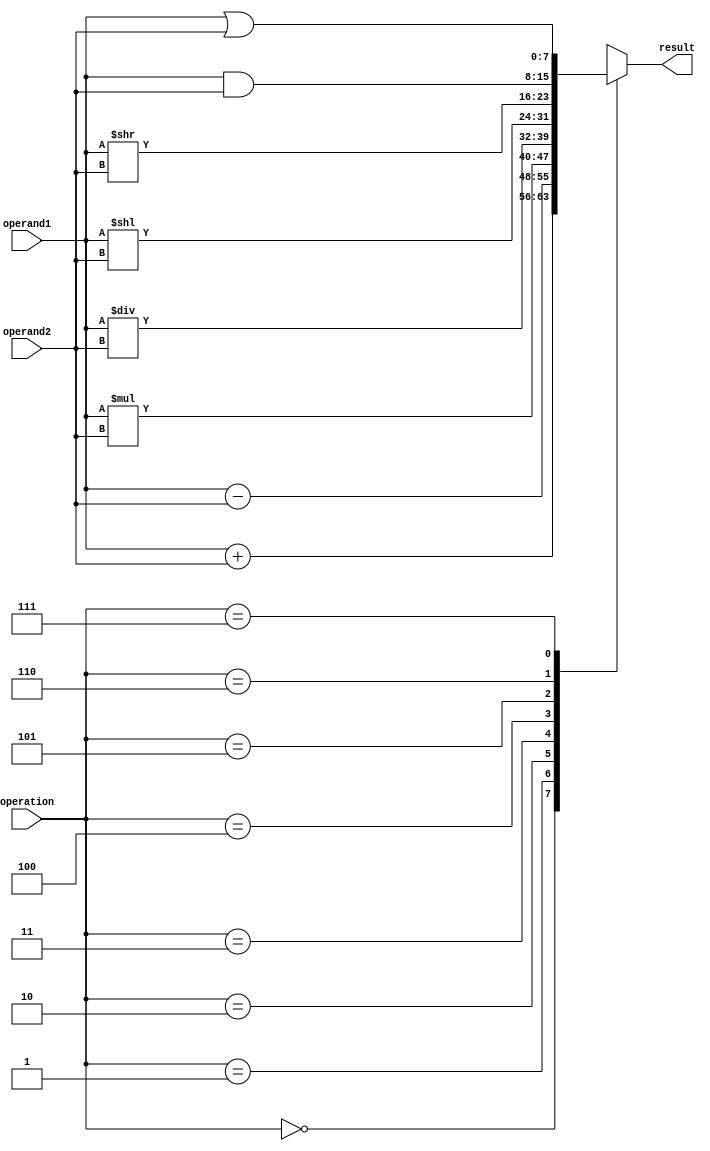
module ALU (
    input wire [7:0] operand1,
    input wire [7:0] operand2,
    input wire [2:0] operation,
    output reg [7:0] result
);

always @(*) begin
    case(operation)
        3'b000: result = operand1 + operand2; // Addition
        3'b001: result = operand1 - operand2; // Subtraction
        3'b010: result = operand1 * operand2; // Multiplication
        3'b011: result = operand1 / operand2; // Division
        3'b100: result = operand1 << operand2; // Left shift
        3'b101: result = operand1 >> operand2; // Right shift
        3'b110: result = operand1 & operand2; // Bitwise AND
        3'b111: result = operand1 | operand2; // Bitwise OR
        default: result = 8'b0;
    endcase
end

endmodule